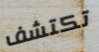
تكتشف